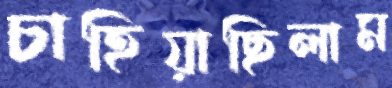
চাহিয়াছিলাম